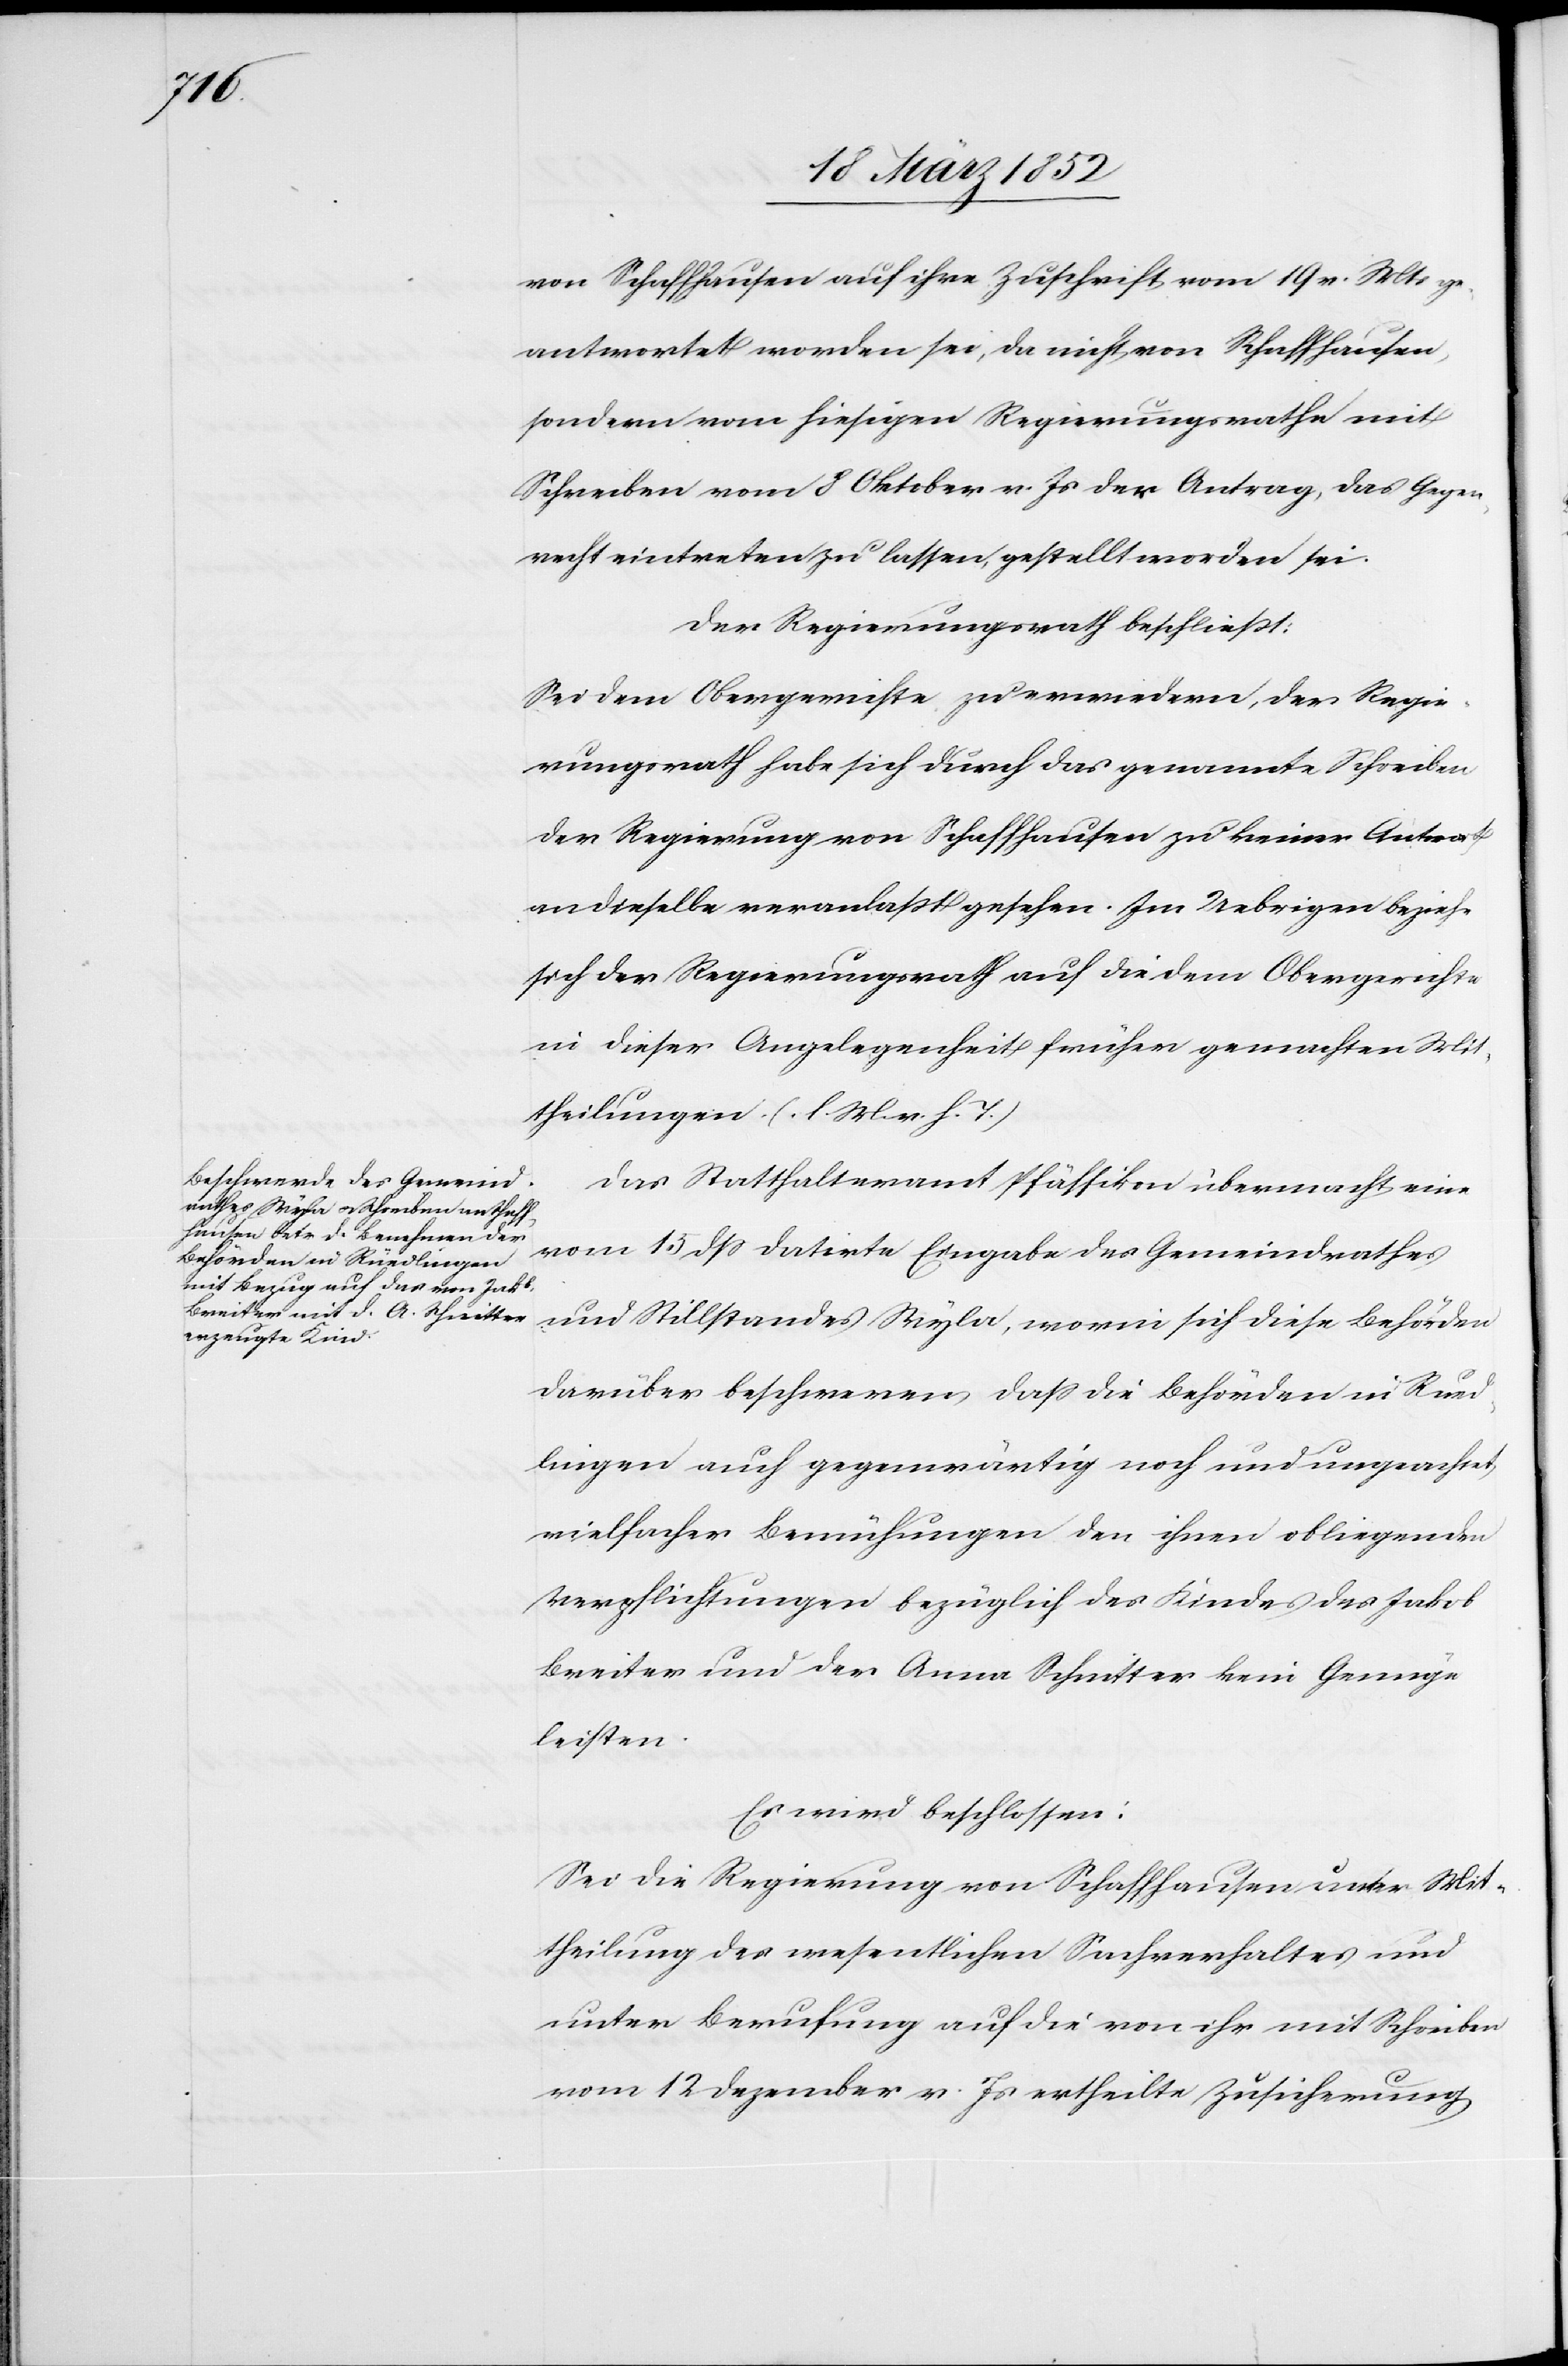
von Schaffhausen auf ihre Zuschrift vom 19 v. Mts ge¬
antwortet worden sei, da nicht von Schaffhausen,
sondern vom hiesigen Regierungsrathe mit
Schreiben vom 8 Oktober v. Js der Antrag, das Gegen¬
recht eintreten zu lassen, gestellt worden sei.
Der Regierungsrath beschließt:
Sei dem Obergerichte zu erwiedern, der Regie¬
rungsrath habe sich durch das genannte Schreiben
der Regierung von Schaffhausen zu keiner Antwort
an dieselbe veranlaßt gesehen. Im Uebrigen beziehe
sich der Regierungsrath auf die dem Obergerichte
in dieser Angelegenheit früher gemachten Mit¬
theilungen. (l. M. v. h. T.)
Das Statthalteramt Pfäffikon übermacht eine
vom 15 dß datirte Eingabe des Gemeindrathes
und Stillstandes Wyla, worin sich diese Behörden
darüber beschweren daß die Behörden in Rued¬
lingen auch gegenwärtig noch und ungeachtet
vielfacher Bemühungen den ihnen obliegenden
Verpflichtungen bezüglich des Kindes des Jakob
Breiter und der Anna Schnitter kein Genüge
leisten.
Es wird beschlossen:
Sei die Regierung von Schaffhausen unter Mit¬
theilung des wesentlichen Sachverhaltes und
unter Berufung auf die von ihr mit Schreiben
vom 12 Dezember v. Js ertheilte Zusicherung